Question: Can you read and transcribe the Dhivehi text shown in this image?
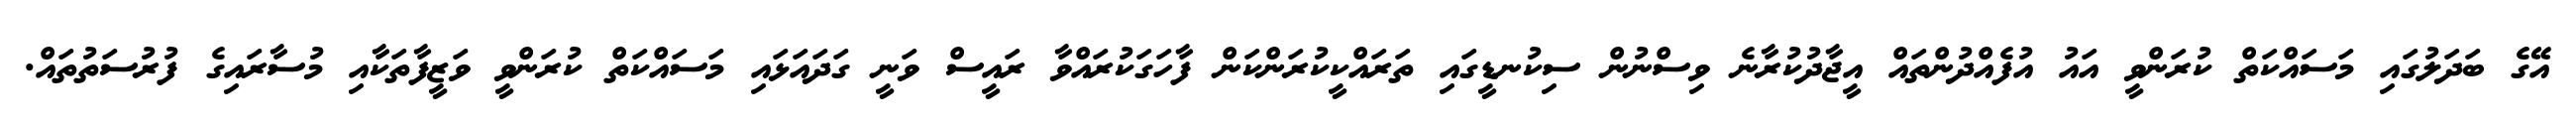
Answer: އޭގެ ބަދަލުގައި މަސައްކަތް ކުރަންވީ އައު އުފެއްދުންތައް އީޖާދުކުރާނެ ވިސްނުން ސިކުނޑީގައި ތަރައްކީކުރަންކަން ފާހަގަކުރައްވާ ރައީސް ވަނީ ގަދައަޅައި މަސައްކަތް ކުރަންވީ ވަޒީފާތަކާއި މުސާރައިގެ ފުރުސަތުތައް.